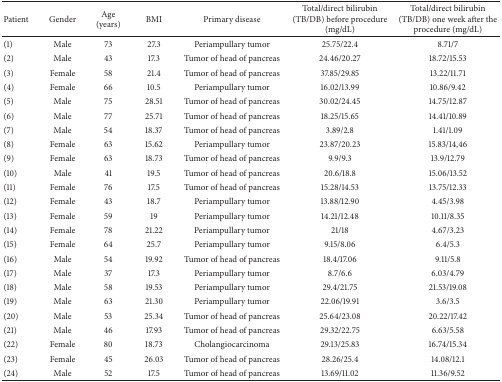
<table><thead><tr><td><b>Patient </b></td><td><b>Gender</b></td><td><b>Age (years)</b></td><td><b>BMI</b></td><td><b>Primary disease</b></td><td><b>Total/direct bilirubin (TB/DB) before procedure (mg/dL)</b></td><td><b>Total/direct bilirubin (TB/DB) one week after the procedure (mg/dL)</b></td></tr></thead><tbody><tr><td>(1)</td><td>Male</td><td>73</td><td>27.3</td><td>Periampullary tumor</td><td>25.75/22.4</td><td>8.71/7</td></tr><tr><td>(2)</td><td>Male</td><td>43</td><td>17.3</td><td>Tumor of head of pancreas</td><td>24.46/20.27</td><td>18.72/15.53</td></tr><tr><td>(3)</td><td>Female</td><td>58</td><td>21.4</td><td>Tumor of head of pancreas</td><td>37.85/29.85</td><td>13.22/11.71</td></tr><tr><td>(4)</td><td>Female</td><td>66</td><td>10.5</td><td>Periampullary tumor</td><td>16.02/13.99</td><td>10.86/9.42</td></tr><tr><td>(5)</td><td>Male</td><td>75</td><td>28.51</td><td>Tumor of head of pancreas</td><td>30.02/24.45</td><td>14.75/12.87</td></tr><tr><td>(6)</td><td>Male</td><td>77</td><td>25.71</td><td>Tumor of head of pancreas</td><td>18.25/15.65</td><td>14.41/10.89</td></tr><tr><td>(7)</td><td>Male</td><td>54</td><td>18.37</td><td>Tumor of head of pancreas</td><td>3.89/2.8</td><td>1.41/1.09</td></tr><tr><td>(8)</td><td>Female</td><td>63</td><td>15.62</td><td>Periampullary tumor</td><td>23.87/20.23</td><td>15.83/14,46</td></tr><tr><td>(9)</td><td>Female</td><td>63</td><td>18.73</td><td>Tumor of head of pancreas</td><td>9.9/9.3</td><td>13.9/12.79</td></tr><tr><td>(10)</td><td>Male</td><td>41</td><td>19.5</td><td>Tumor of head of pancreas</td><td>20.6/18.8</td><td>15.06/13.52</td></tr><tr><td>(11)</td><td>Female</td><td>76</td><td>17.5</td><td>Tumor of head of pancreas</td><td>15.28/14.53</td><td>13.75/12.33</td></tr><tr><td>(12)</td><td>Female</td><td>43</td><td>18.7</td><td>Periampullary tumor</td><td>13.88/12.90</td><td>4.45/3.98</td></tr><tr><td>(13)</td><td>Female</td><td>59</td><td>19</td><td>Periampullary tumor</td><td>14.21/12.48</td><td>10.11/8.35</td></tr><tr><td>(14)</td><td>Female</td><td>78</td><td>21.22</td><td>Periampullary tumor</td><td>21/18</td><td>4.67/3.23</td></tr><tr><td>(15)</td><td>Female</td><td>64</td><td>25.7</td><td>Periampullary tumor</td><td>9.15/8.06</td><td>6.4/5.3</td></tr><tr><td>(16)</td><td>Male</td><td>54</td><td>19.92</td><td>Tumor of head of pancreas</td><td>18.4/17.06</td><td>9.11/5.8</td></tr><tr><td>(17)</td><td>Male</td><td>37</td><td>17.3</td><td>Periampullary tumor</td><td>8.7/6.6</td><td>6.03/4.79</td></tr><tr><td>(18)</td><td>Male</td><td>58</td><td>19.53</td><td>Periampullary tumor</td><td>29.4/21.75</td><td>21.53/19.08</td></tr><tr><td>(19)</td><td>Male</td><td>63</td><td>21.30</td><td>Periampullary tumor</td><td>22.06/19.91</td><td>3.6/3.5</td></tr><tr><td>(20)</td><td>Male</td><td>53</td><td>25.34</td><td>Tumor of head of pancreas</td><td>25.64/23.08</td><td>20.22/17.42</td></tr><tr><td>(21)</td><td>Male</td><td>46</td><td>17.93</td><td>Tumor of head of pancreas</td><td>29.32/22.75</td><td>6.63/5.58</td></tr><tr><td>(22)</td><td>Female</td><td>80</td><td>18.73</td><td>Cholangiocarcinoma</td><td>29.13/25.83</td><td>16.74/15.34</td></tr><tr><td>(23)</td><td>Female</td><td>45</td><td>26.03</td><td>Tumor of head of pancreas</td><td>28.26/25.4</td><td>14.08/12.1</td></tr><tr><td>(24)</td><td>Male</td><td>52</td><td>17.5</td><td>Tumor of head of pancreas</td><td>13.69/11.02</td><td>11.36/9.52</td></tr></tbody></table>